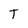
Character: T